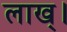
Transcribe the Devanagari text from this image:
लाख्।